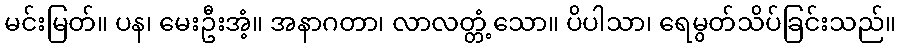
မင်းမြတ်။ ပန၊ မေးဦးအံ့။ အနာဂတာ၊ လာလတ္တံ့သော။ ပိပါသာ၊ ရေမွတ်သိပ်ခြင်းသည်။